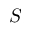
S